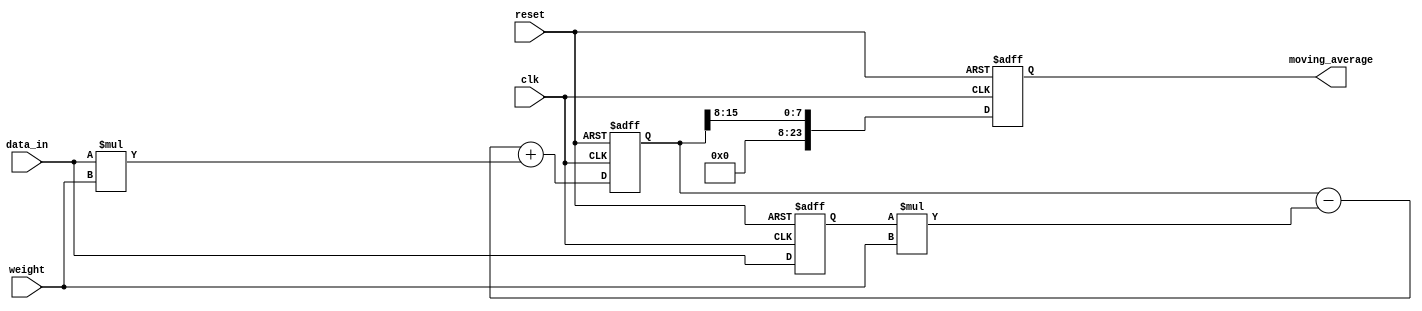
module weighted_moving_average_accumulator (
    input wire clk,
    input wire reset,
    input wire [15:0] data_in,
    input wire [7:0] weight,
    output reg [23:0] moving_average
);

reg [15:0] previous_data;
reg [15:0] acc_sum;

always @(posedge clk or posedge reset) begin
    if (reset) begin
        previous_data <= 0;
        acc_sum <= 0;
        moving_average <= 0;
    end else begin
        previous_data <= data_in;
        acc_sum <= (acc_sum - (previous_data * weight)) + (data_in * weight);
        moving_average <= acc_sum >> 8; // Divide by 256 (2^8) to get the weighted moving average
    end
end

endmodule